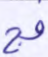
فج